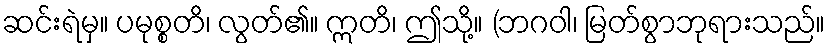
ဆင်းရဲမှ။ ပမုစ္စတိ၊ လွတ်၏။ ဣတိ၊ ဤသို့။ (ဘဂဝါ၊ မြတ်စွာဘုရားသည်။